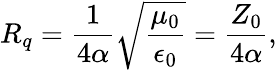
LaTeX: R_{q}=\frac{1}{4\alpha}\sqrt{\frac{\mu_{0}}{\epsilon_{0}}}=\frac{Z_{0}}{4\alpha},